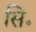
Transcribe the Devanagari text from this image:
सि॰